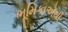
ભૂમિકાએથી